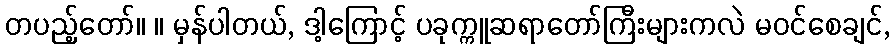
တပည့်တော်။ ။ မှန်ပါတယ်, ဒါ့ကြောင့် ပခုက္ကူဆရာတော်ကြီးများကလဲ မဝင်စေချင်,